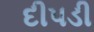
દીપડી